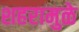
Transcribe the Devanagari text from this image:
शहरामुळे